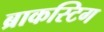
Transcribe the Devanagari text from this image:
ब्राकस्टिग